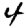
Digit: 4